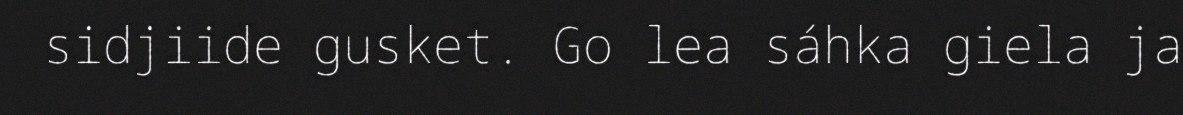
sidjiide gusket. Go lea sáhka giela ja